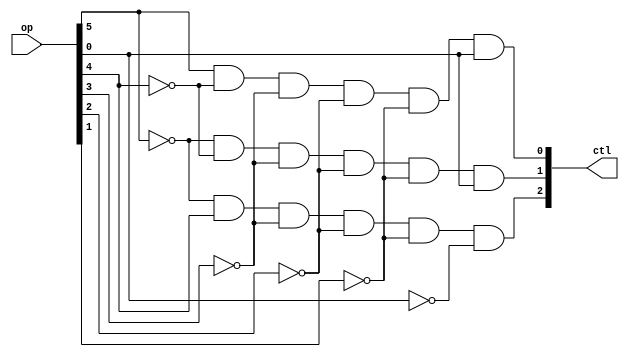
`timescale 1ns / 1ps
//////////////////////////////////////////////////////////////////////////////////
// Company: 
// Engineer: 
// 
// Design Name: 
// Module Name: ctl2
// Project Name: 
// Target Devices: 
// Tool Versions: 
// Description: 
// 
// Dependencies: 
// 
// Revision:
// Revision 0.01 - File Created
// Additional Comments:
// 
//////////////////////////////////////////////////////////////////////////////////


module ctl2(
    input [31:26] op,
    output [18:16] ctl
    );
    assign #1 ctl[16] = op[31]&~op[30]&~op[29]&~op[28]&~op[27]&op[26];
    assign #1 ctl[17] = ~op[31]&~op[30]&~op[29]&~op[28]&~op[27]&op[26];
    assign #1 ctl[18] = ~op[31]&op[30]&~op[29]&~op[28]&~op[27]&~op[26];
endmodule